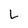
Character: L